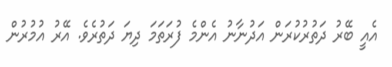
އެއީ ބޭރު ދަތުރުކުރަން އަދުނާނު އެންމެ ފުރަތަމަ ދިޔަ ދަތުރެވެ. އޭރު އުމުރުން